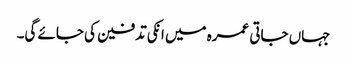
جہاں جاتی عمرہ میں انکی تدفین کی جائے گی۔